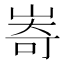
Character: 㟢